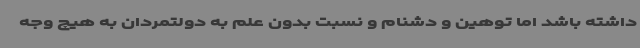
داشته باشد اما توهین و دشنام و نسبت بدون علم به دولتمردان به هیچ وجه